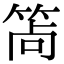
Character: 𥭩